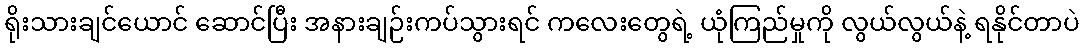
ရိုးသားချင်ယောင် ဆောင်ပြီး အနားချဉ်းကပ်သွားရင် ကလေးတွေရဲ့ ယုံကြည်မှုကို လွယ်လွယ်နဲ့ ရနိုင်တာပဲ